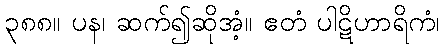
၃၈၈။ ပန၊ ဆက်၍ဆိုအံ့။ ဧတံ ပါဋိဟာရိကံ၊